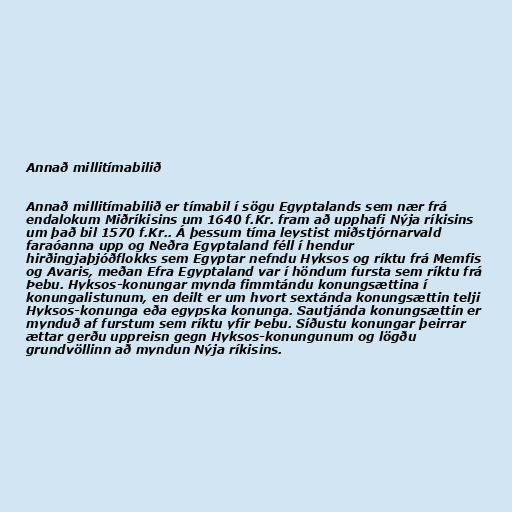
Annað millitímabilið

Annað millitímabilið er tímabil í sögu Egyptalands sem nær frá
endalokum Miðríkisins um 1640 f.Kr. fram að upphafi Nýja ríkisins
um það bil 1570 f.Kr.. Á þessum tíma leystist miðstjórnarvald
faraóanna upp og Neðra Egyptaland féll í hendur
hirðingjaþjóðflokks sem Egyptar nefndu Hyksos og ríktu frá Memfis
og Avaris, meðan Efra Egyptaland var í höndum fursta sem ríktu frá
Þebu. Hyksos-konungar mynda fimmtándu konungsættina í
konungalistunum, en deilt er um hvort sextánda konungsættin telji
Hyksos-konunga eða egypska konunga. Sautjánda konungsættin er
mynduð af furstum sem ríktu yfir Þebu. Síðustu konungar þeirrar
ættar gerðu uppreisn gegn Hyksos-konungunum og lögðu
grundvöllinn að myndun Nýja ríkisins.